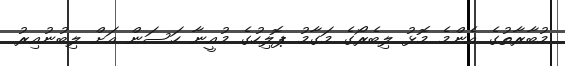
މުބާރާތުގެ އެންމެ މޮޅު ލިބެރޯގެ މަގާމު ޕޮލިހުގެ މުއީނާ ހަސަން އަށް ލިބުނުއިރު